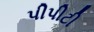
પીપીટી